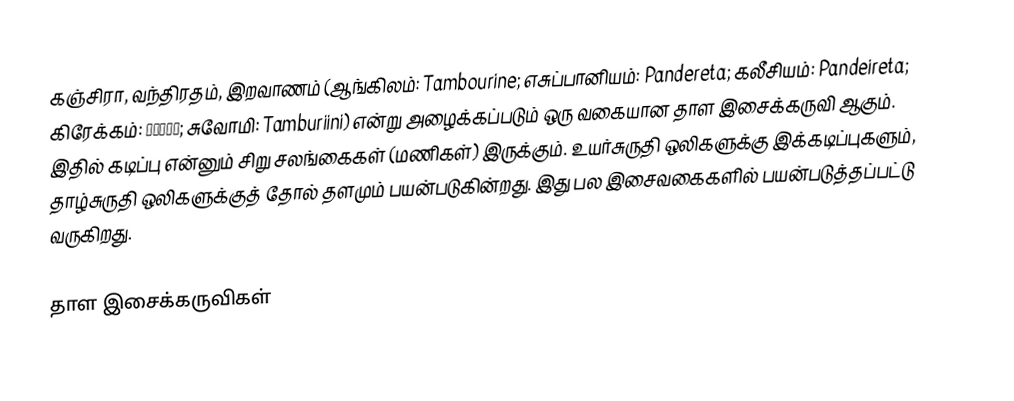
கஞ்சிரா, வந்திரதம், இறவாணம் (ஆங்கிலம்: Tambourine; எசுப்பானியம்: Pandereta; கலீசியம்: Pandeireta; கிரேக்கம்: Ντέφι; சுவோமி: Tamburiini) என்று அழைக்கப்படும் ஒரு வகையான தாள இசைக்கருவி ஆகும். இதில் கடிப்பு என்னும் சிறு சலங்கைகள் (மணிகள்) இருக்கும். உயர்சுருதி ஒலிகளுக்கு இக்கடிப்புகளும், தாழ்சுருதி ஒலிகளுக்குத் தோல் தளமும் பயன்படுகின்றது. இது பல இசைவகைகளில் பயன்படுத்தப்பட்டு வருகிறது.

தாள இசைக்கருவிகள்